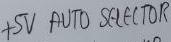
Text: +5V AUTO SELECTOR